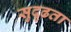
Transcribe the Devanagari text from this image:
सुदृढता